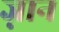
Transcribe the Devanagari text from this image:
ज्नान